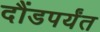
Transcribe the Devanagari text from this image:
दौंडपर्यंत